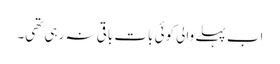
اب پہلے والی کوئی بات باقی نہ رہی تھی۔